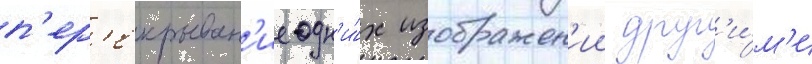
п'ер'екрыван'ие одн'и́х изображен'ии друг'и́м'и